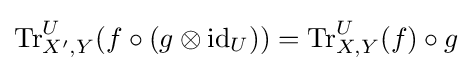
\mathrm {Tr} _{X',Y}^{U}(f\circ (g\otimes \mathrm {id} _{U}))=\mathrm {Tr} _{X,Y}^{U}(f)\circ g